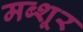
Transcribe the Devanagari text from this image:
मब्शूर